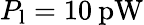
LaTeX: P_{\mathrm{l}}=10\: \mathrm{{pW}}